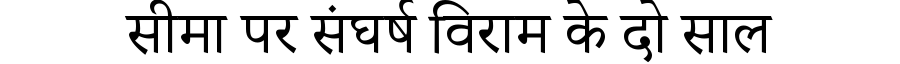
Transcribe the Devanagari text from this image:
सीमा पर संघर्ष विराम के दो साल